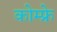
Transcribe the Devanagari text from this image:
कोम्फ्रे